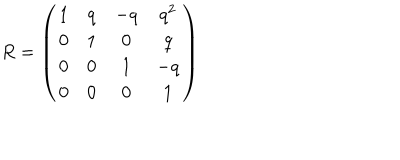
R = \left( \begin{array} { c c c c } { { 1 } } & { { q } } & { { - q } } & { { q ^ { 2 } } } \\ { { 0 } } & { { 1 } } & { { 0 } } & { { q } } \\ { { 0 } } & { { 0 } } & { { 1 } } & { { - q } } \\ { { 0 } } & { { 0 } } & { { 0 } } & { { 1 } } \\ \end{array} \right)